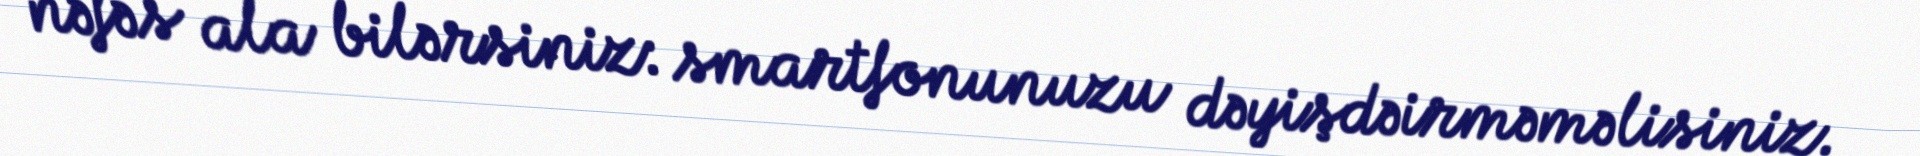
nəfəs ala bilərsiniz: smartfonunuzu dəyişdəirməməlisiniz.